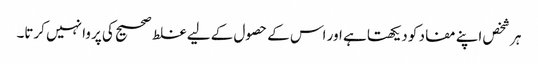
ہر شخص اپنے مفاد کو دیکھتا ہے اور اس کے حصول کے لیے غلط صحیح کی پروا نہیں کرتا۔